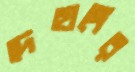
দেহাঙ্গের